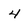
Character: 4